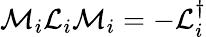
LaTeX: \mathcal{M}_{i}\mathcal{L}_{i}\mathcal{M}_{i}=-\mathcal{L}_{i}^{\dagger}